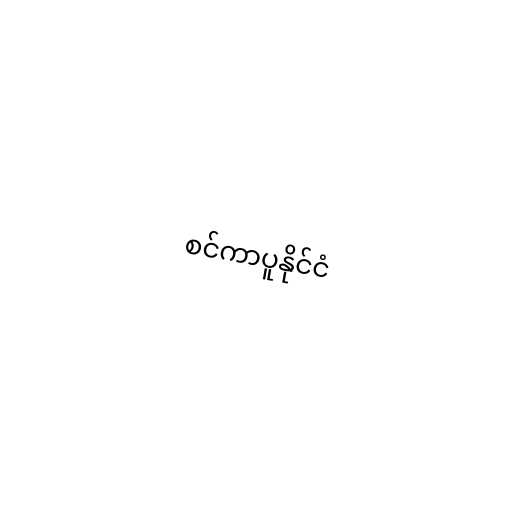
စင်ကာပူနိုင်ငံ